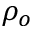
\rho _ { o }